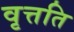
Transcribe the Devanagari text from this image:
वृत्तति